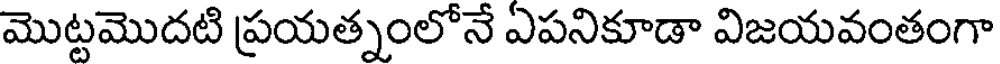
మొట్టమొదటి ప్రయత్నంలోనే ఎపనికూడా విజయవంతంగా